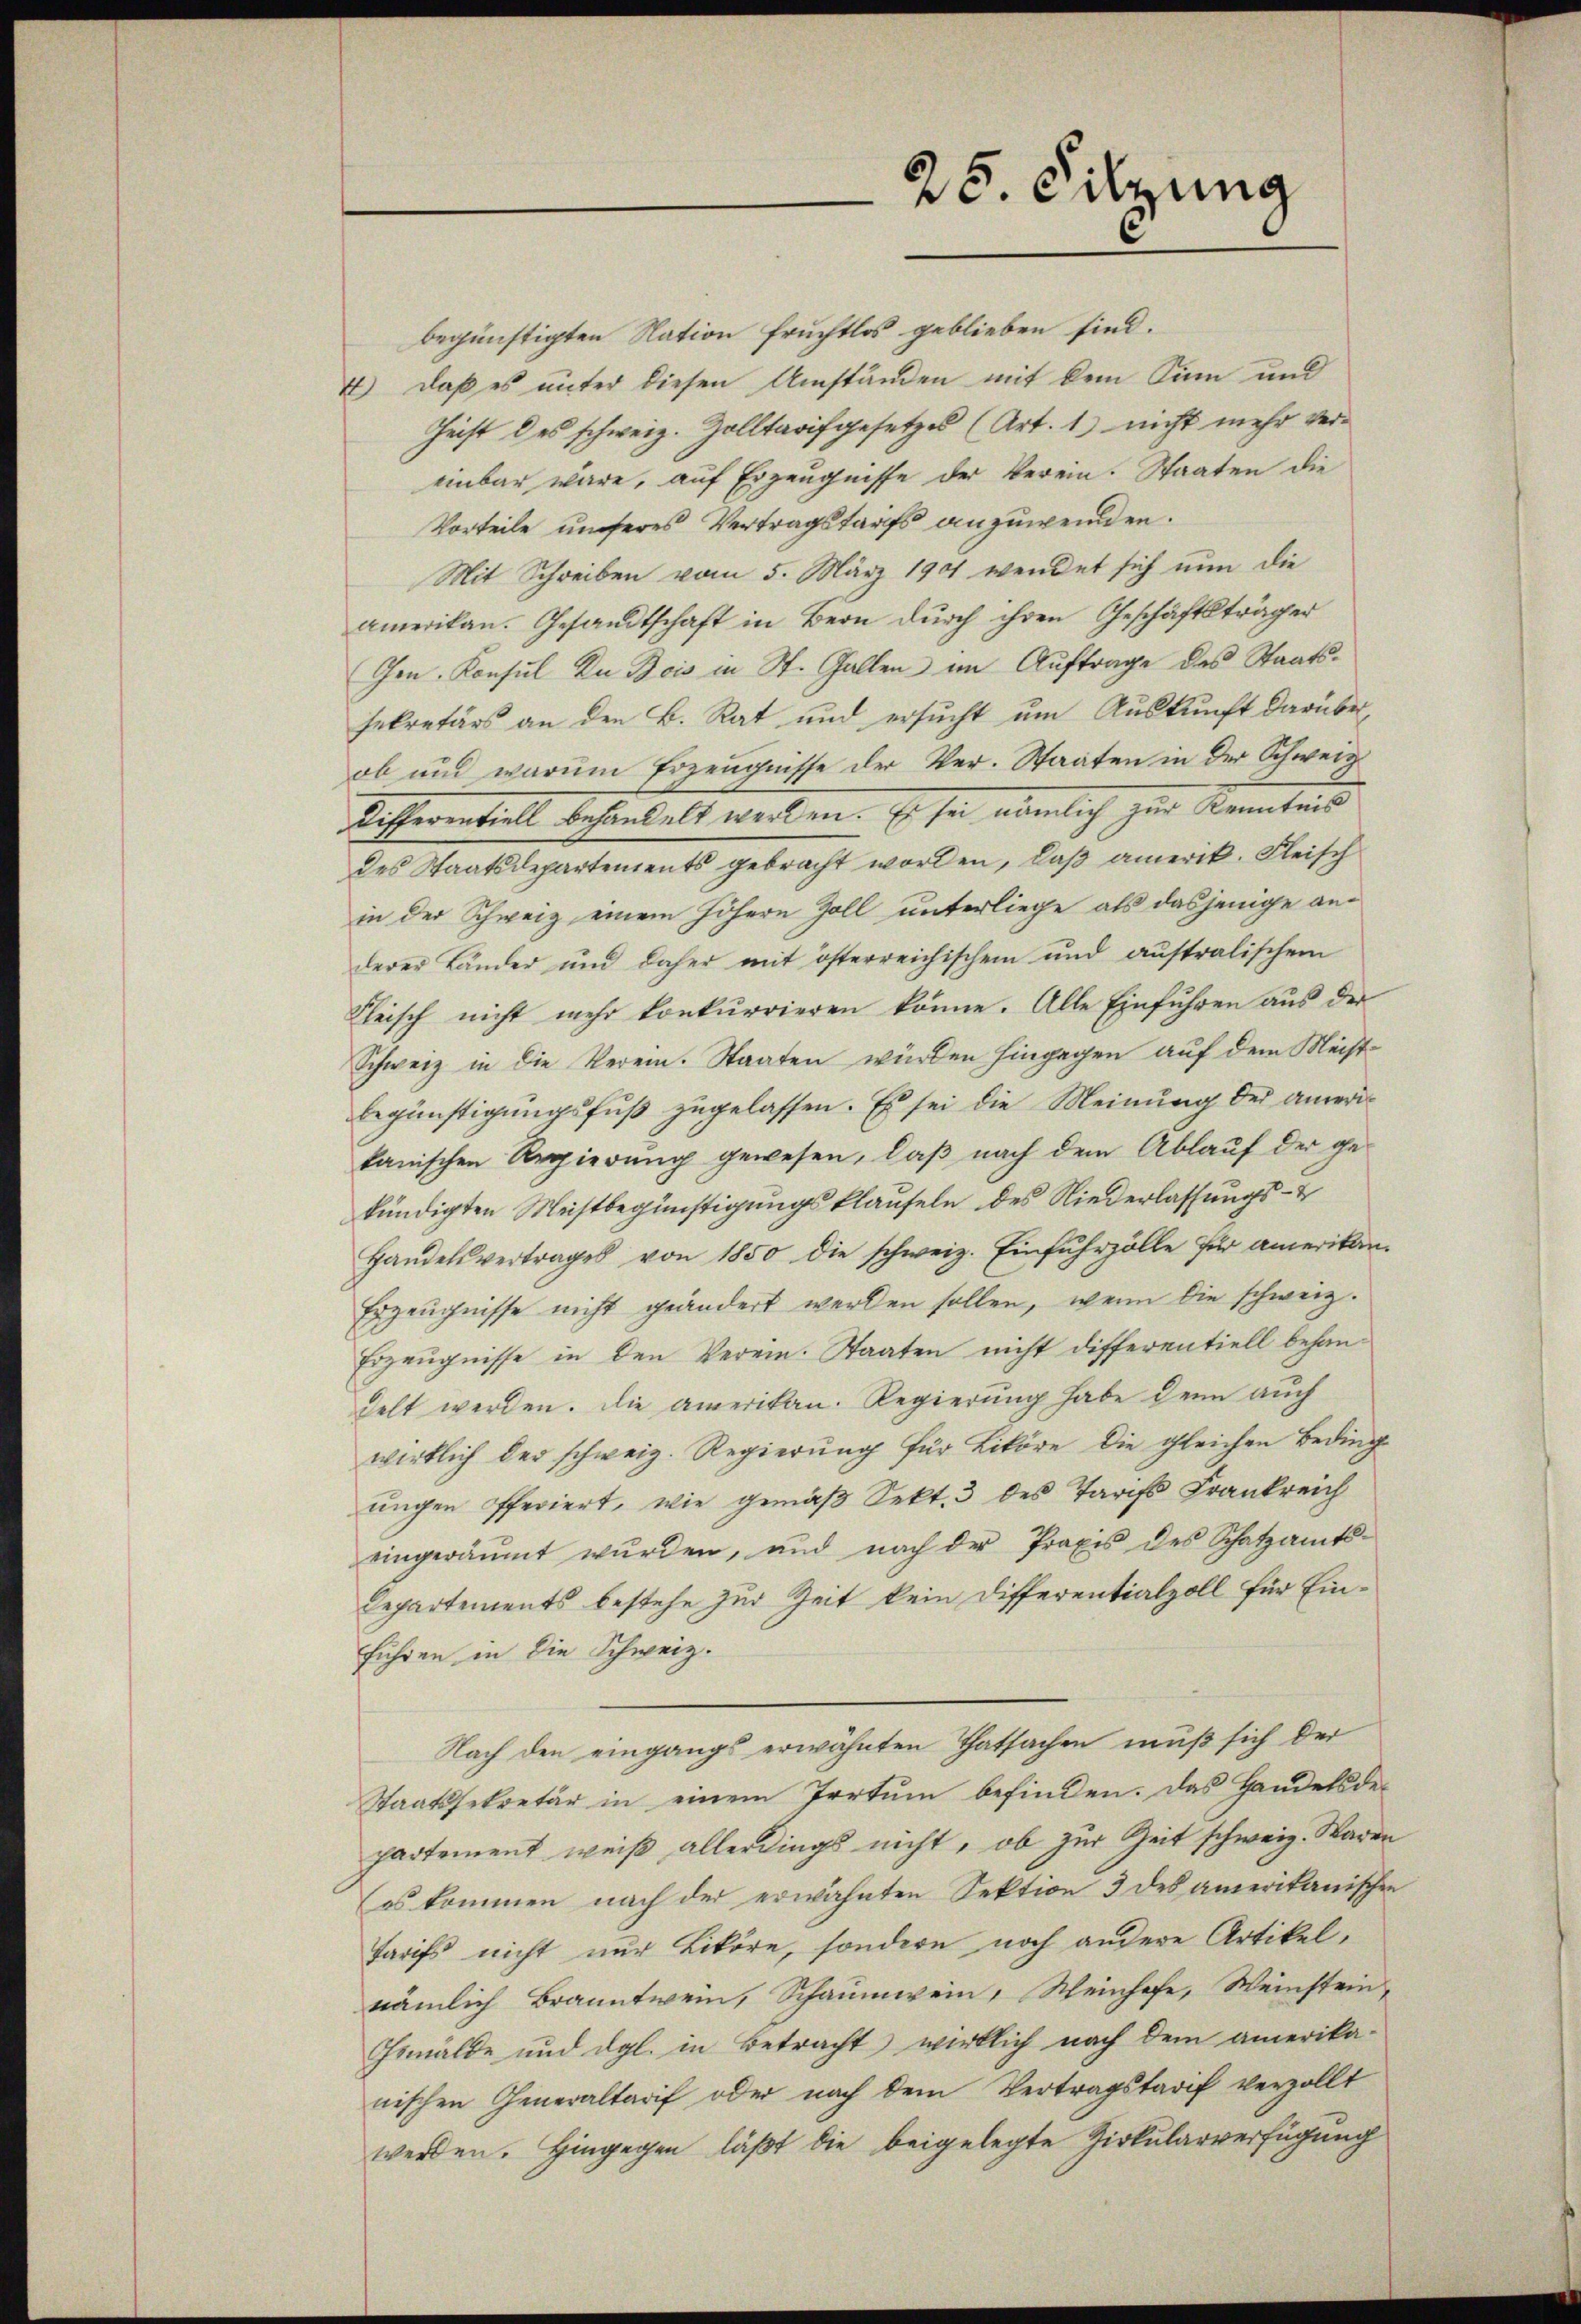
25. Silzung

begünstigten Nation fruchtlos geblieben sind.
4) daß es unter diesen Umständen mit dem Sinn und
Geist des schweiz. Zolltarifgesetzes (Art. 1) nicht mehr vereinbar wäre, auf Erzeugnisse der Verein. Staaten die
Vorteile unseres Vertragstaufs anzuwenden.
Mit Schreiben vom 5. März 190 wendet sich nun die
amerikan. Gesandtschaft in Bern durch ihren Geschäftsträger
Gen. Konsul Du Bois in St. Gallen im Auftrage des Staatssekretärs an den B. Rat und ersucht um Auskunft darüber,
ob und warum Erzeugnisse der Ver- Staaten in der Schweiz
Differentiell behandelt werden. Es sei nämlich zur Kenntnis
des Staatsdepartements gebracht worden, daß amerik. Fleisch
in der Schweiz einem höhern Zoll unterliege als dasjenige anderer Länder und daher mit österreichischen und aŭstralischem
Fleisch nicht mehr konkurrieren könne. Alle Einführen aus der
Schweiz in die Verein. Staaten würden hingegen auf dem Meistbegünstigungsfuß zugelassen. Es sei die Meinung der ameritanischen Regierŭng gewesen, daβ nach dem Ablaŭf der ge-
kündigten Meistbegünstigungsklaufeln des Niederlassungs- &
Handelsvertrages von 1850 die schweiz. Einfuhrzölle für amerikan
Erzeugnisse nicht geändert werden sollen, wenn die schweiz.
Erzeugnisse in den Verein. Staaten nicht differentiell behandelt werden. Die amerikan. Regierung habe denn auch
wirklich der schweiz. Regierung für Liköre die gleichen Beding-
ŭngen offeriert, wie gemäβ Sekt. 3 des Tarcs Frankreich
eingeräumt wŭrden, und nach der Praxis des Schatzamts-
Departements bestehe zur Zeit kein Differentialzoll für Einführen in die Schweiz.
Nach den eingangs erwähnten Thatsachen muß sich der
Staatssekretär in einem Irrtum befinden. Das Handelsdepartement weiß allerdings nicht, ob zur Zeit schweiz. Waren
es kommen nach der erwähnten Sektion 3 des amerikanischen
Tarifs nicht nur Liköre, sondern noch andere Artikel,
nämlich Branntwein, Schaumwein, Weinhofe, Weinstein,
Gemälde und dgl. in Betracht wirklich nach dem amerika-
nischen Generaltarif oder nach dem Vertragstarif verzollt
werden. Hingegen läßt die beigelegte Zirkularverfügung